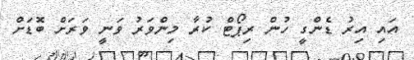
އައި އިރު ޑެންގީ ހުން ރިޕޯޓް ކުރާ މިންވަރު ވަނީ ވަރަށް ބޮޑަށް